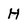
Character: H